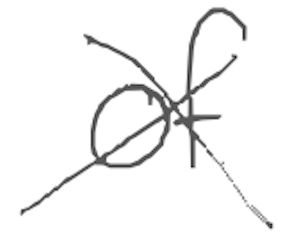
Text: of
Cross-out: cross
Writing tool: digital_gray